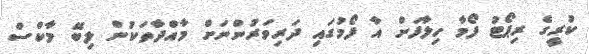
ކުރީގެ ރިޕޯޓު ފޯމާ ހިލާފަށް އާ ފޯމުގައި ދަރިވަރުންނަށް މާއްދާތަކުން ލިބޭ މާކްސް